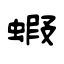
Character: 蝦